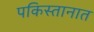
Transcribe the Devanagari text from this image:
पकिस्तानात